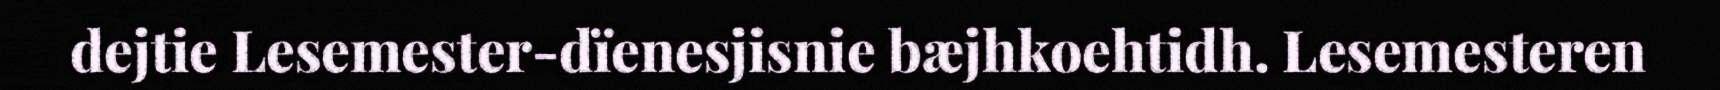
dejtie Lesemester-dïenesjisnie bæjhkoehtidh. Lesemesteren